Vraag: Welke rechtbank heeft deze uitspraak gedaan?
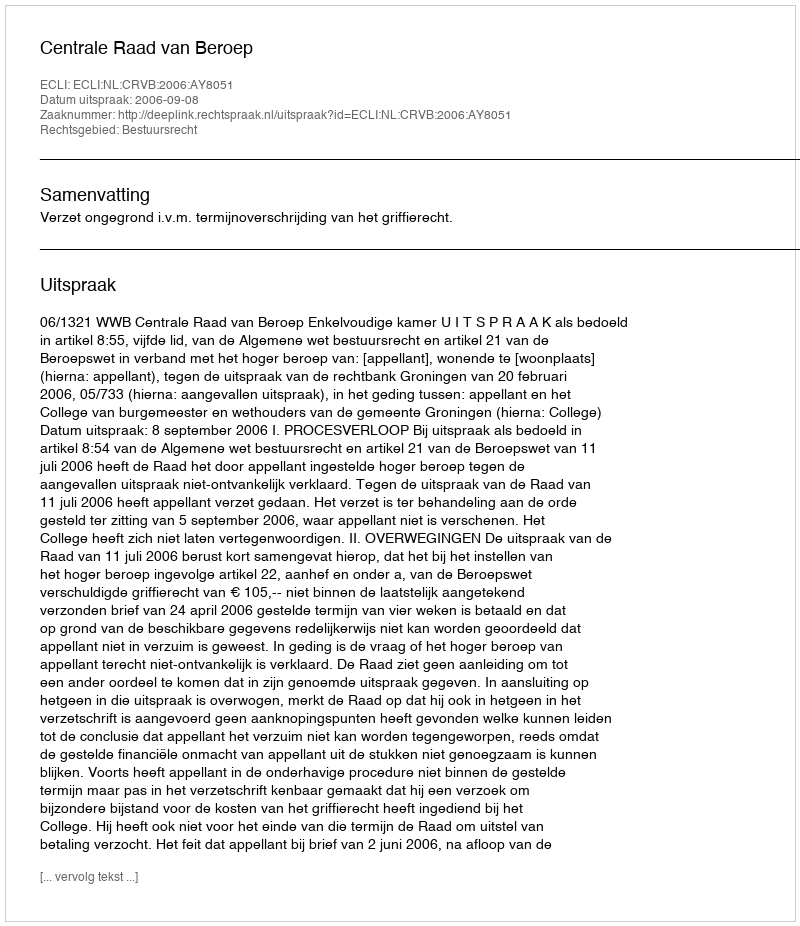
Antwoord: Centrale Raad van Beroep